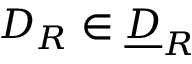
\boldsymbol { D } _ { R } \in \underline { { \boldsymbol { D } } } _ { R }